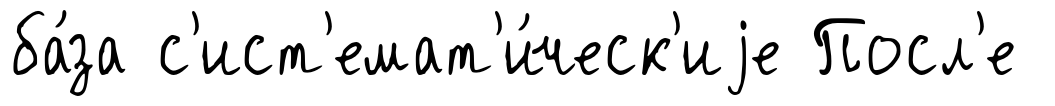
ба́за с'ист'емат'и́ческ'иjе Посл'е